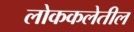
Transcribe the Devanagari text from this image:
लोककलेतील